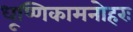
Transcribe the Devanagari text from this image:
धूष्णिकामनोहरः